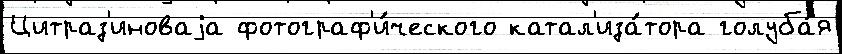
Цитраз'иноваjа фотограф'и́ческого катал'иза́тора голуба́я